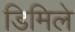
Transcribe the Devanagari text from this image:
डिमिले